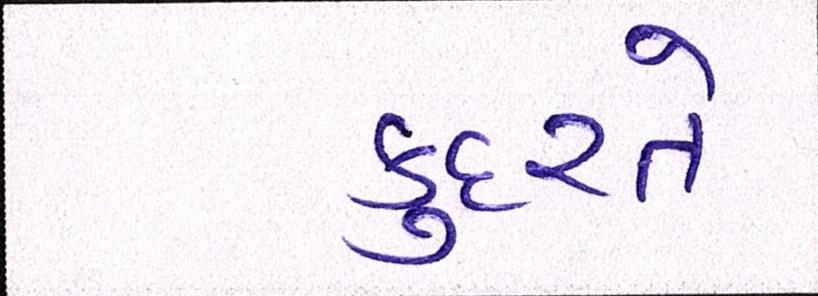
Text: કુદરતે